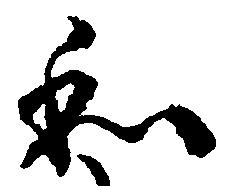
和